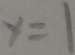
y = 1